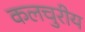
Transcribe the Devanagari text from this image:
कलचुरीय